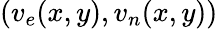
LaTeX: (v_{e}(x,y),v_{n}(x,y))